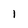
Character: l